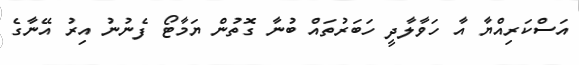
އަސްކަރިއްޔާ އާ ހަވާލާދީ ހަބަރުތައް ބުނާ ގޮތުން ޔަމާޓޯ ފެނުނު އިރު އޭނާގެ